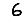
Digit: 6